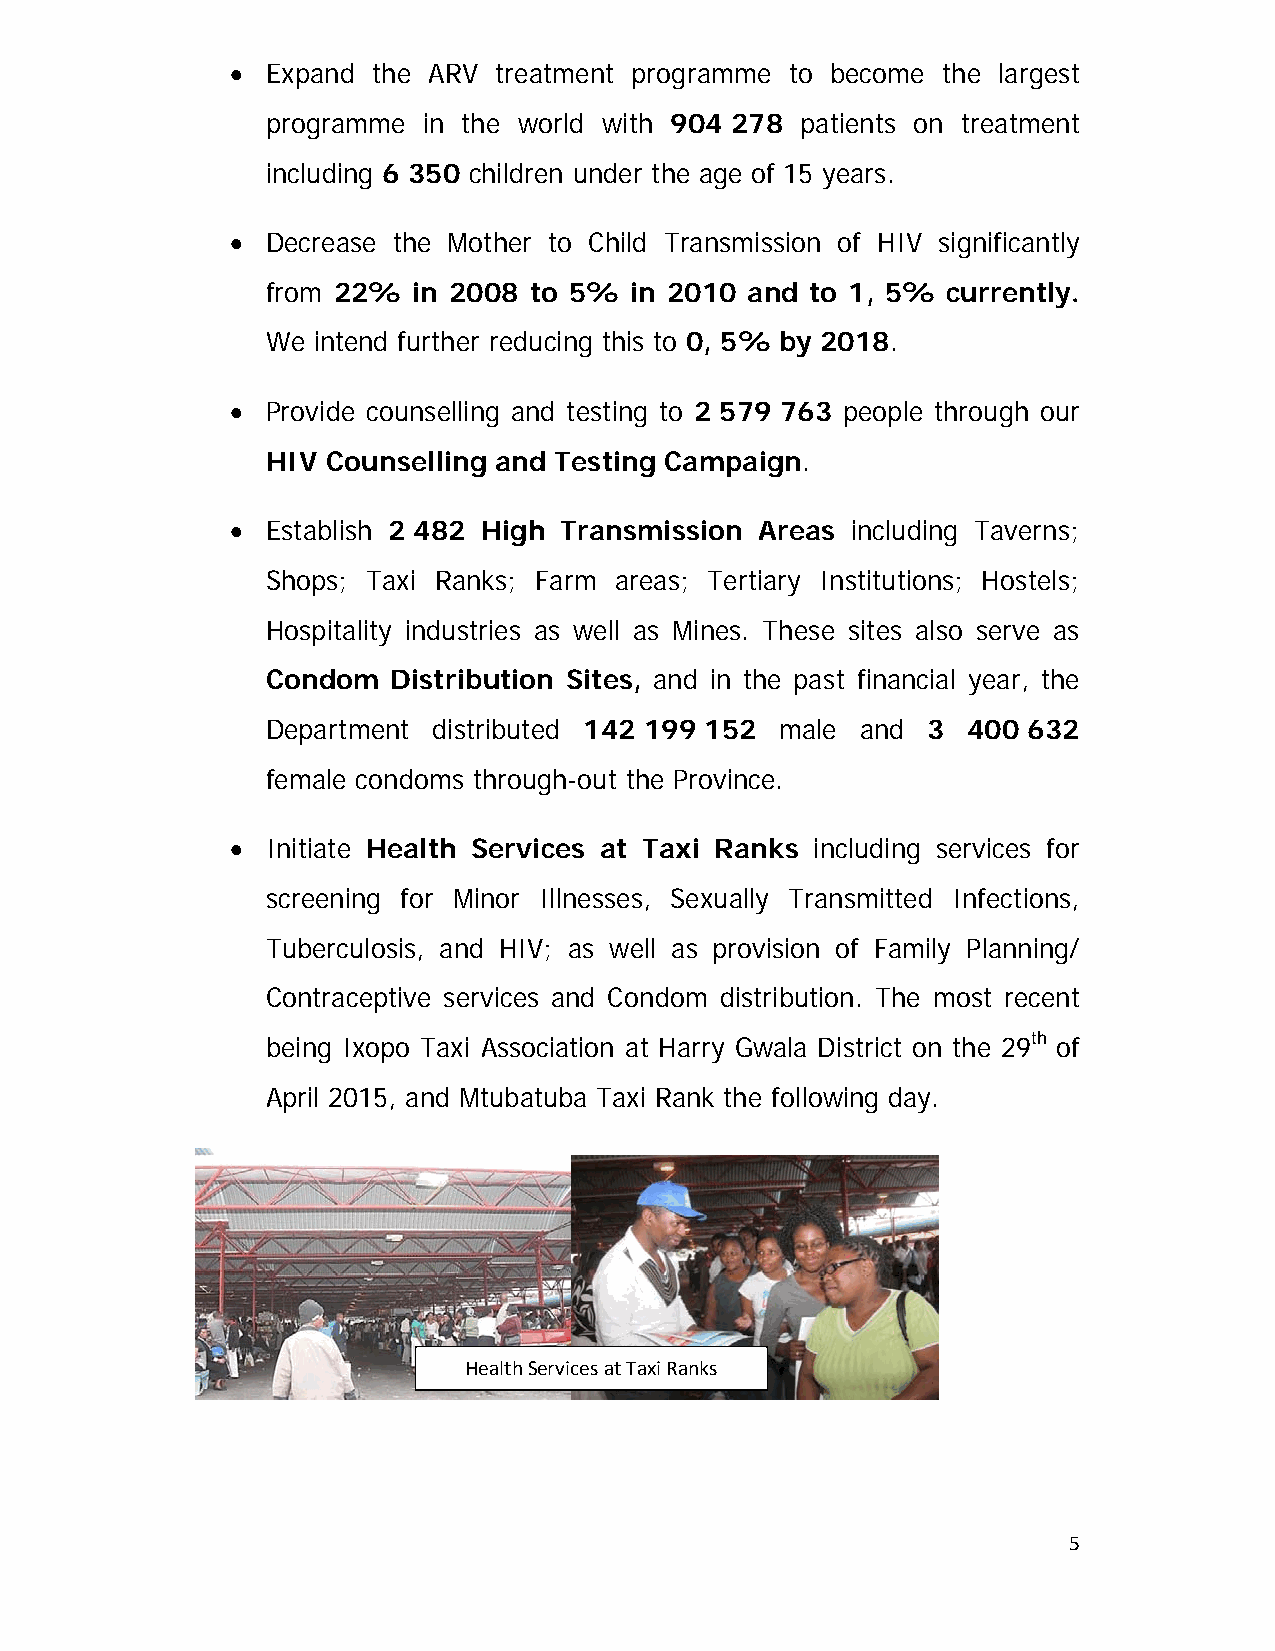
  Expand the ARV treatment programme to become the largest
 programme in the world with 904 278 patients on treatment
 including 6 350 children under the age of 15 years.
   Decrease the Mother to Child Transmission of HIV significantly
 from 22% in 2008 to 5%  in 2010 and to 1, 5% currently.
 We intend further reducing this to 0, 5% by 2018.
   Provide counselling and testing to 2 579 763 people through our
 HIV Counselling and Testing Campaign.
   Establish 2 482 High Transmission Areas including Taverns;
 Shops; Taxi Ranks; Farm areas; Tertiary Institutions; Hostels;
 Hospitality industries as well as Mines. These sites also serve as
 Condom  Distribution Sites, and in the past financial year, the
 Department distributed 142 199 152 male and 3 400 632
 female condoms through-out the Province.
   Initiate Health Services at Taxi Ranks including services for
 screening for Minor Illnesses, Sexually Transmitted Infections,
 Tuberculosis, and HIV; as well as provision of Family Planning/
 Contraceptive services and Condom distribution. The most recent
 being Ixopo Taxi Association at Harry Gwala District on the 29th of
 April 2015, and Mtubatuba Taxi Rank the following day.
 Health Services at Taxi Ranks
 5